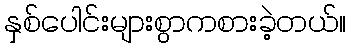
နှစ်ပေါင်းများစွာကစားခဲ့တယ်။